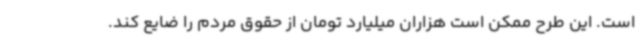
است. این طرح ممکن است هزاران میلیارد تومان از حقوق مردم را ضایع کند.